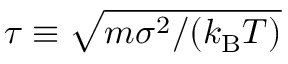
\tau \equiv \sqrt { m \sigma ^ { 2 } / ( k _ { \mathrm { B } } T ) }